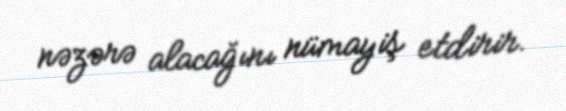
nəzərə alacağını nümayiş etdirir.